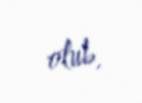
olub.